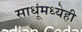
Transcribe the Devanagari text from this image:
साधूंमध्येही